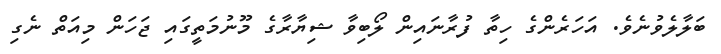
ބަލާލެވުނެވެ. އަހަރެންގެ ހިތާ ފުރާނައިން ލޯބިވާ ޝިޔާރާގެ މޫނުމަތީގައި ޖަހަން މިއަތް ނެގި